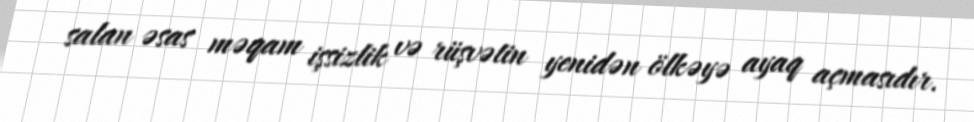
salan əsas məqam işsizlik və rüşvətin yenidən ölkəyə ayaq açmasıdır.